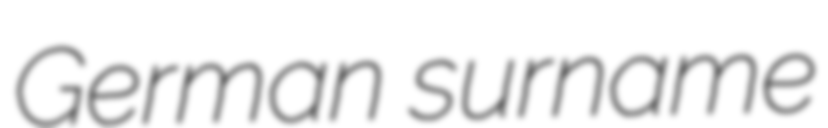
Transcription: German surname